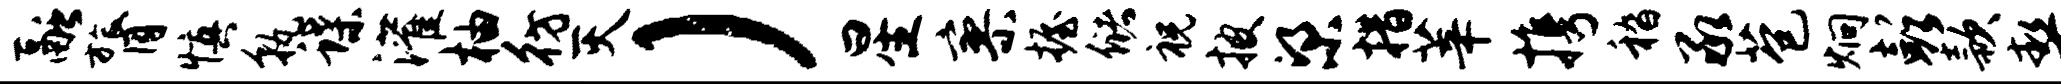
融膂慎孰蝶灌柚彷灭）星寥握储祝披梁措莘携嵇承苞炯彭款契